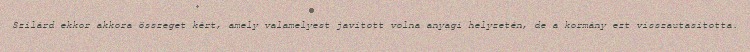
Szilárd ekkor akkora összeget kért, amely valamelyest javított volna anyagi helyzetén, de a kormány ezt visszautasította.